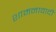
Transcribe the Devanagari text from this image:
शामनावादी